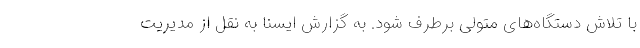
با تلاش دستگاه‌های متولی برطرف شود. به گزارش ایسنا به نقل از مدیریت